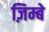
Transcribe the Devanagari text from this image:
ज़िम्बे